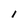
Character: 1